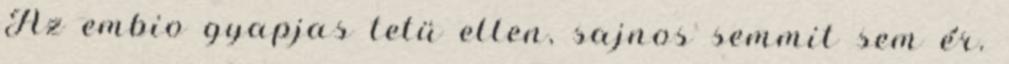
Az embio gyapjas tetü ellen, sajnos semmit sem ér.